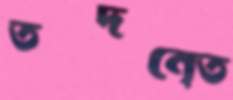
তদনে্ত